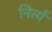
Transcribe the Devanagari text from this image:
निर्त्य